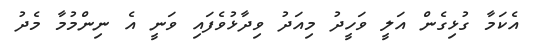
އެކަމާ ގުޅިގެން އަލީ ވަހީދު މިއަދު ވިދާޅުވެފައި ވަނީ އެ ނިންމުމާ މެދު